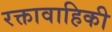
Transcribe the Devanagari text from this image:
रक्तावाहिकी